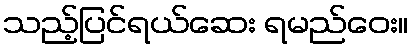
သည့်ပြင်ရယ်ဆေး ရမည်ဝေး။